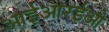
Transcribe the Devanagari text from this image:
आईआरईओ